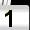
Digit: 1